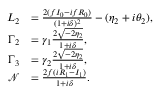
\begin{array} { r l } { L _ { 2 } } & { = \frac { 2 ( f I _ { 0 } - i f R _ { 0 } ) } { ( 1 + i \delta ) ^ { 2 } } - ( \eta _ { 2 } + i \theta _ { 2 } ) , } \\ { \Gamma _ { 2 } } & { = \gamma _ { 1 } \frac { 2 \sqrt { - 2 \eta _ { 2 } } } { 1 + i \delta } , } \\ { \Gamma _ { 3 } } & { = \gamma _ { 2 } \frac { 2 \sqrt { - 2 \eta _ { 2 } } } { 1 + i \delta } , } \\ { \mathcal { N } } & { = \frac { 2 f ( i R _ { 1 } - I _ { 1 } ) } { 1 + i \delta } . } \end{array}